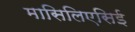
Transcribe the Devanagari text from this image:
मासिलिएसिई